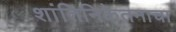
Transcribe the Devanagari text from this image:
शांतिनिकेतनाचा